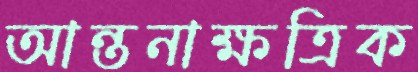
আন্তনাক্ষত্রিক